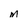
Character: m